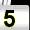
Digit: 5